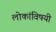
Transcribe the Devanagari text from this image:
लोकांविषयी